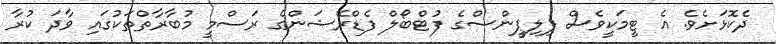
ދެކޮޅަށެވެ. އެ ޓީމަކީވެސް ފިލިޕީންސްގެ ފުޓްބޯލް ފެޑްރޭޝަންގެ ރަސްމީ މުބާރާތްތަކުގައި ވާދަ ކުރާ